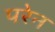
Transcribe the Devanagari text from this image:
परेन